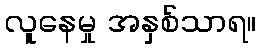
လူနေမှု အနှစ်သာရ။